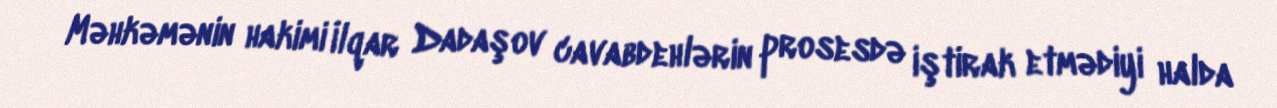
Məhkəmənin hakimi İlqar Dadaşov cavabdehlərin prosesdə iştirak etmədiyi halda